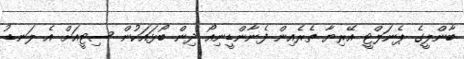
ބާންލީގެ ޕެނަލްޓީ އޭރިޔާ ތެރެއިން ފެނާންޑީނިއޯ ދިން ބޯޅައަކުން ސިޓީއަށް އެ ލަނޑު